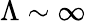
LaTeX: \Lambda\sim\infty